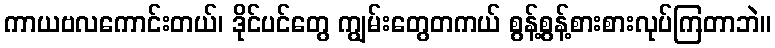
ကာယဗလကောင်းတယ်၊ ဒိုင်ပင်တွေ ကျွမ်းတွေတကယ် စွန့်စွန့်စားစားလုပ်ကြတာဘဲ။